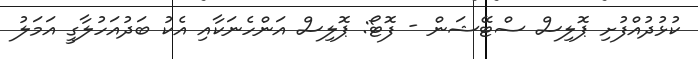
ކުޅުދުއްފުށި ޕޮލިސް ސްޓޭޝަން - ފޮޓޯ: ޕޮލިސް އަންހެނަކާއި އެކު ބަދުއަހުލާގީ އަމަލު